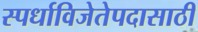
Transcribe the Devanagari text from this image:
स्पर्धाविजेतेपदासाठी